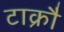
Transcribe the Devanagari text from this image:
टाक्रौ